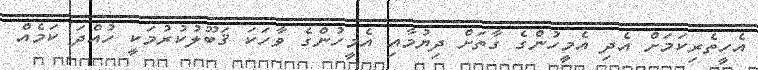
އެހީތެރިކަމަށް އެދި އެމީހުންގެ ގާތަށް ދިޔުމާއި އެމީހުންގެ ވާހަކަ ޤަބޫލުކުރުމަކީ ހުއްދަ ކަމެއް